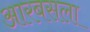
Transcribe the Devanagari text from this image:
आरबसला